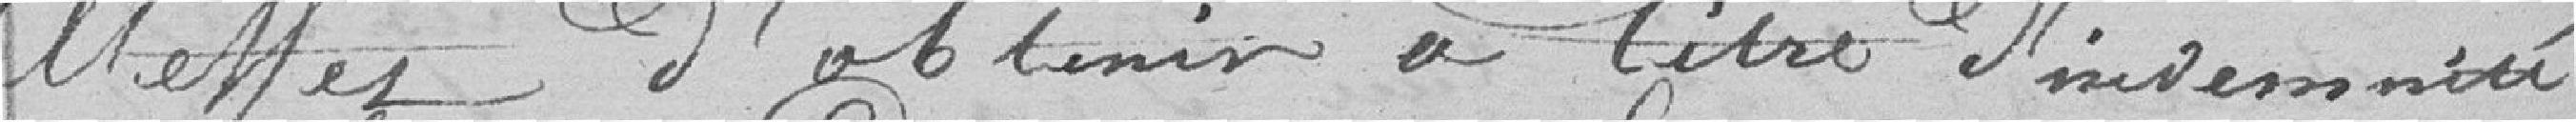
Mettler d'obtenir à titre d'indemnité